Vaccination in the Punjab 1867-1880 - 1867-1880
Year: 1867
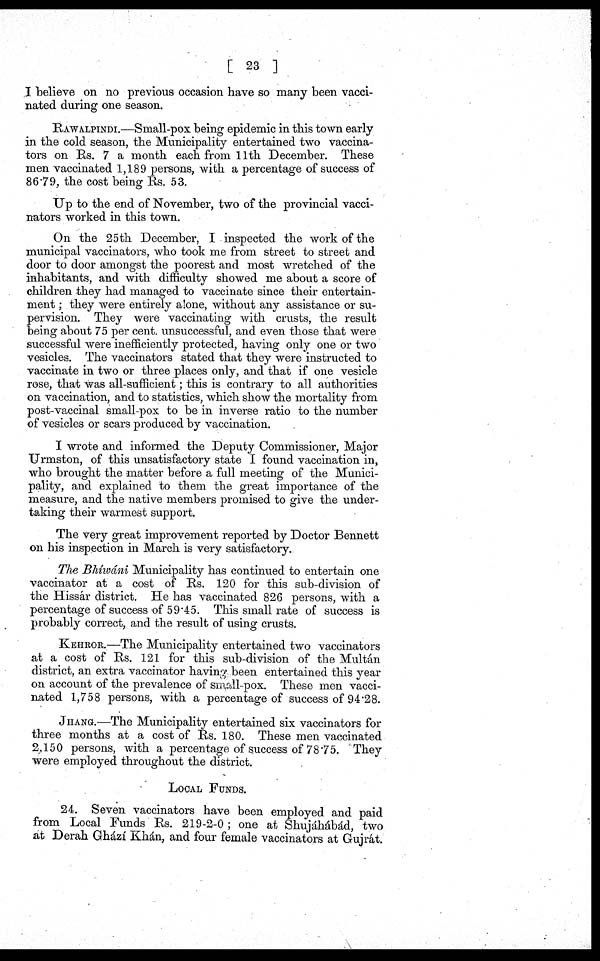
[ 23 ]
I believe on no previous occasion have so many been vacci¬
nated during one season.
RAWALPINDI.—Small-pox being epidemic in this town early
in the cold season, the Municipality entertained two vaccina¬
tors on Rs. 7 a month each from 11th December. These
men vaccinated 1,189 persons, with a percentage of success of
86.79, the cost being Rs. 53.
Up to the end of November, two of the provincial vacci¬
nators worked in this town.
On the 25th December, I inspected the work of the
municipal vaccinators, who took me from street to street and
door to door amongst the poorest and most wretched of the
inhabitants, and with difficulty showed me about a score of
children they had managed to vaccinate since their entertain¬
ment ; they were entirely alone, without any assistance or su¬
pervision. They were vaccinating with crusts, the result
being about 75 per cent. unsuccessful, and even those that were
successful were inefficiently protected, having only one or two
vesicles. The vaccinators stated that they were instructed to
vaccinate in two or three places only, and that if one vesicle
rose, that was all-sufficient; this is contrary to all authorities
on vaccination, and to statistics, which show the mortality from
post-vaccinal small-pox to be in inverse ratio to the number
of vesicles or scars produced by vaccination.
I wrote and informed the Deputy Commissioner, Major
Urmston, of this unsatisfactory state I found vaccination in,
who brought the matter before a full meeting of the Munici¬
pality, and explained to them the great importance of the
measure, and the native members promised to give the under-
taking their warmest support.
The very great improvement reported by Doctor Bennett
on his inspection in March is very satisfactory.
The Bhíwáni Municipality has continued to entertain one
vaccinator at a cost of Rs. 120 for this sub-division of
the Hissár district. He has vaccinated 826 persons, with a
percentage of success of 59.45. This small rate of success is
probably correct, and the result of using crusts.
KEHROR.—The Municipality entertained two vaccinators
at a cost of Rs. 121 for this sub-division of the Multán
district, an extra vaccinator having been entertained this year
on account of the prevalence of small-pox. These men vacci-
nated 1,758 persons, with a percentage of success of 94.28.
JHANH.—The Municipality entertained six vaccinators for
three months at a cost of Rs. 180. These men vaccinated
2,150 persons, with a percentage of success of 78.75. They
were employed throughout the district.
LOCAL FUNDS.
24. Seven vaccinators have been employed and paid
from Local Funds Rs. 219-2-0; one at Shujáhábád, two
at Derah Ghází Khán, and four female vaccinators at Gujrát.